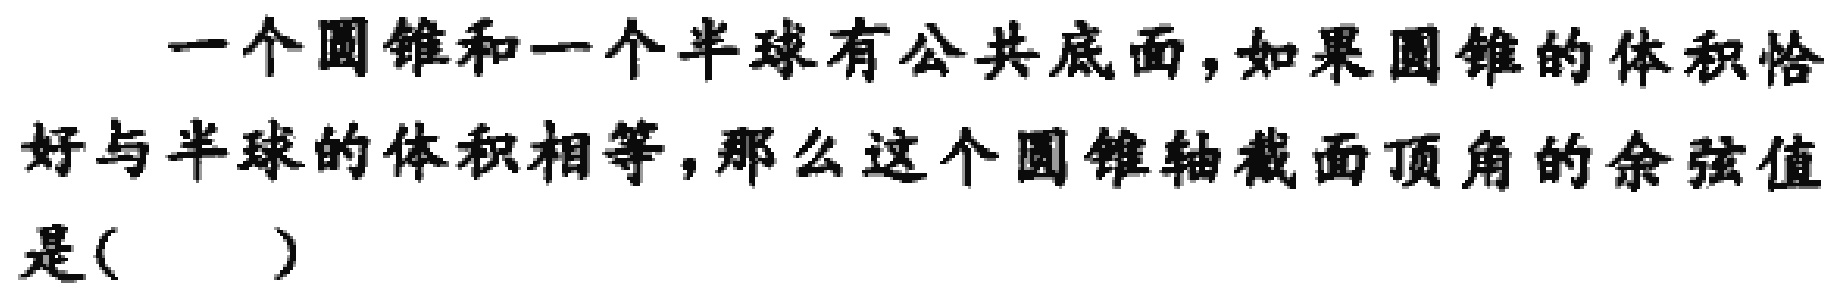
一个圆锥和一个半球有公共底面，如果圆锥的体积恰好与半球的体积相等，那么这个圆锥轴截面顶角的余弦值是(  )